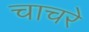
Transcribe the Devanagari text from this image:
चाचरे